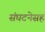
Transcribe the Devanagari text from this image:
संघटनेसह